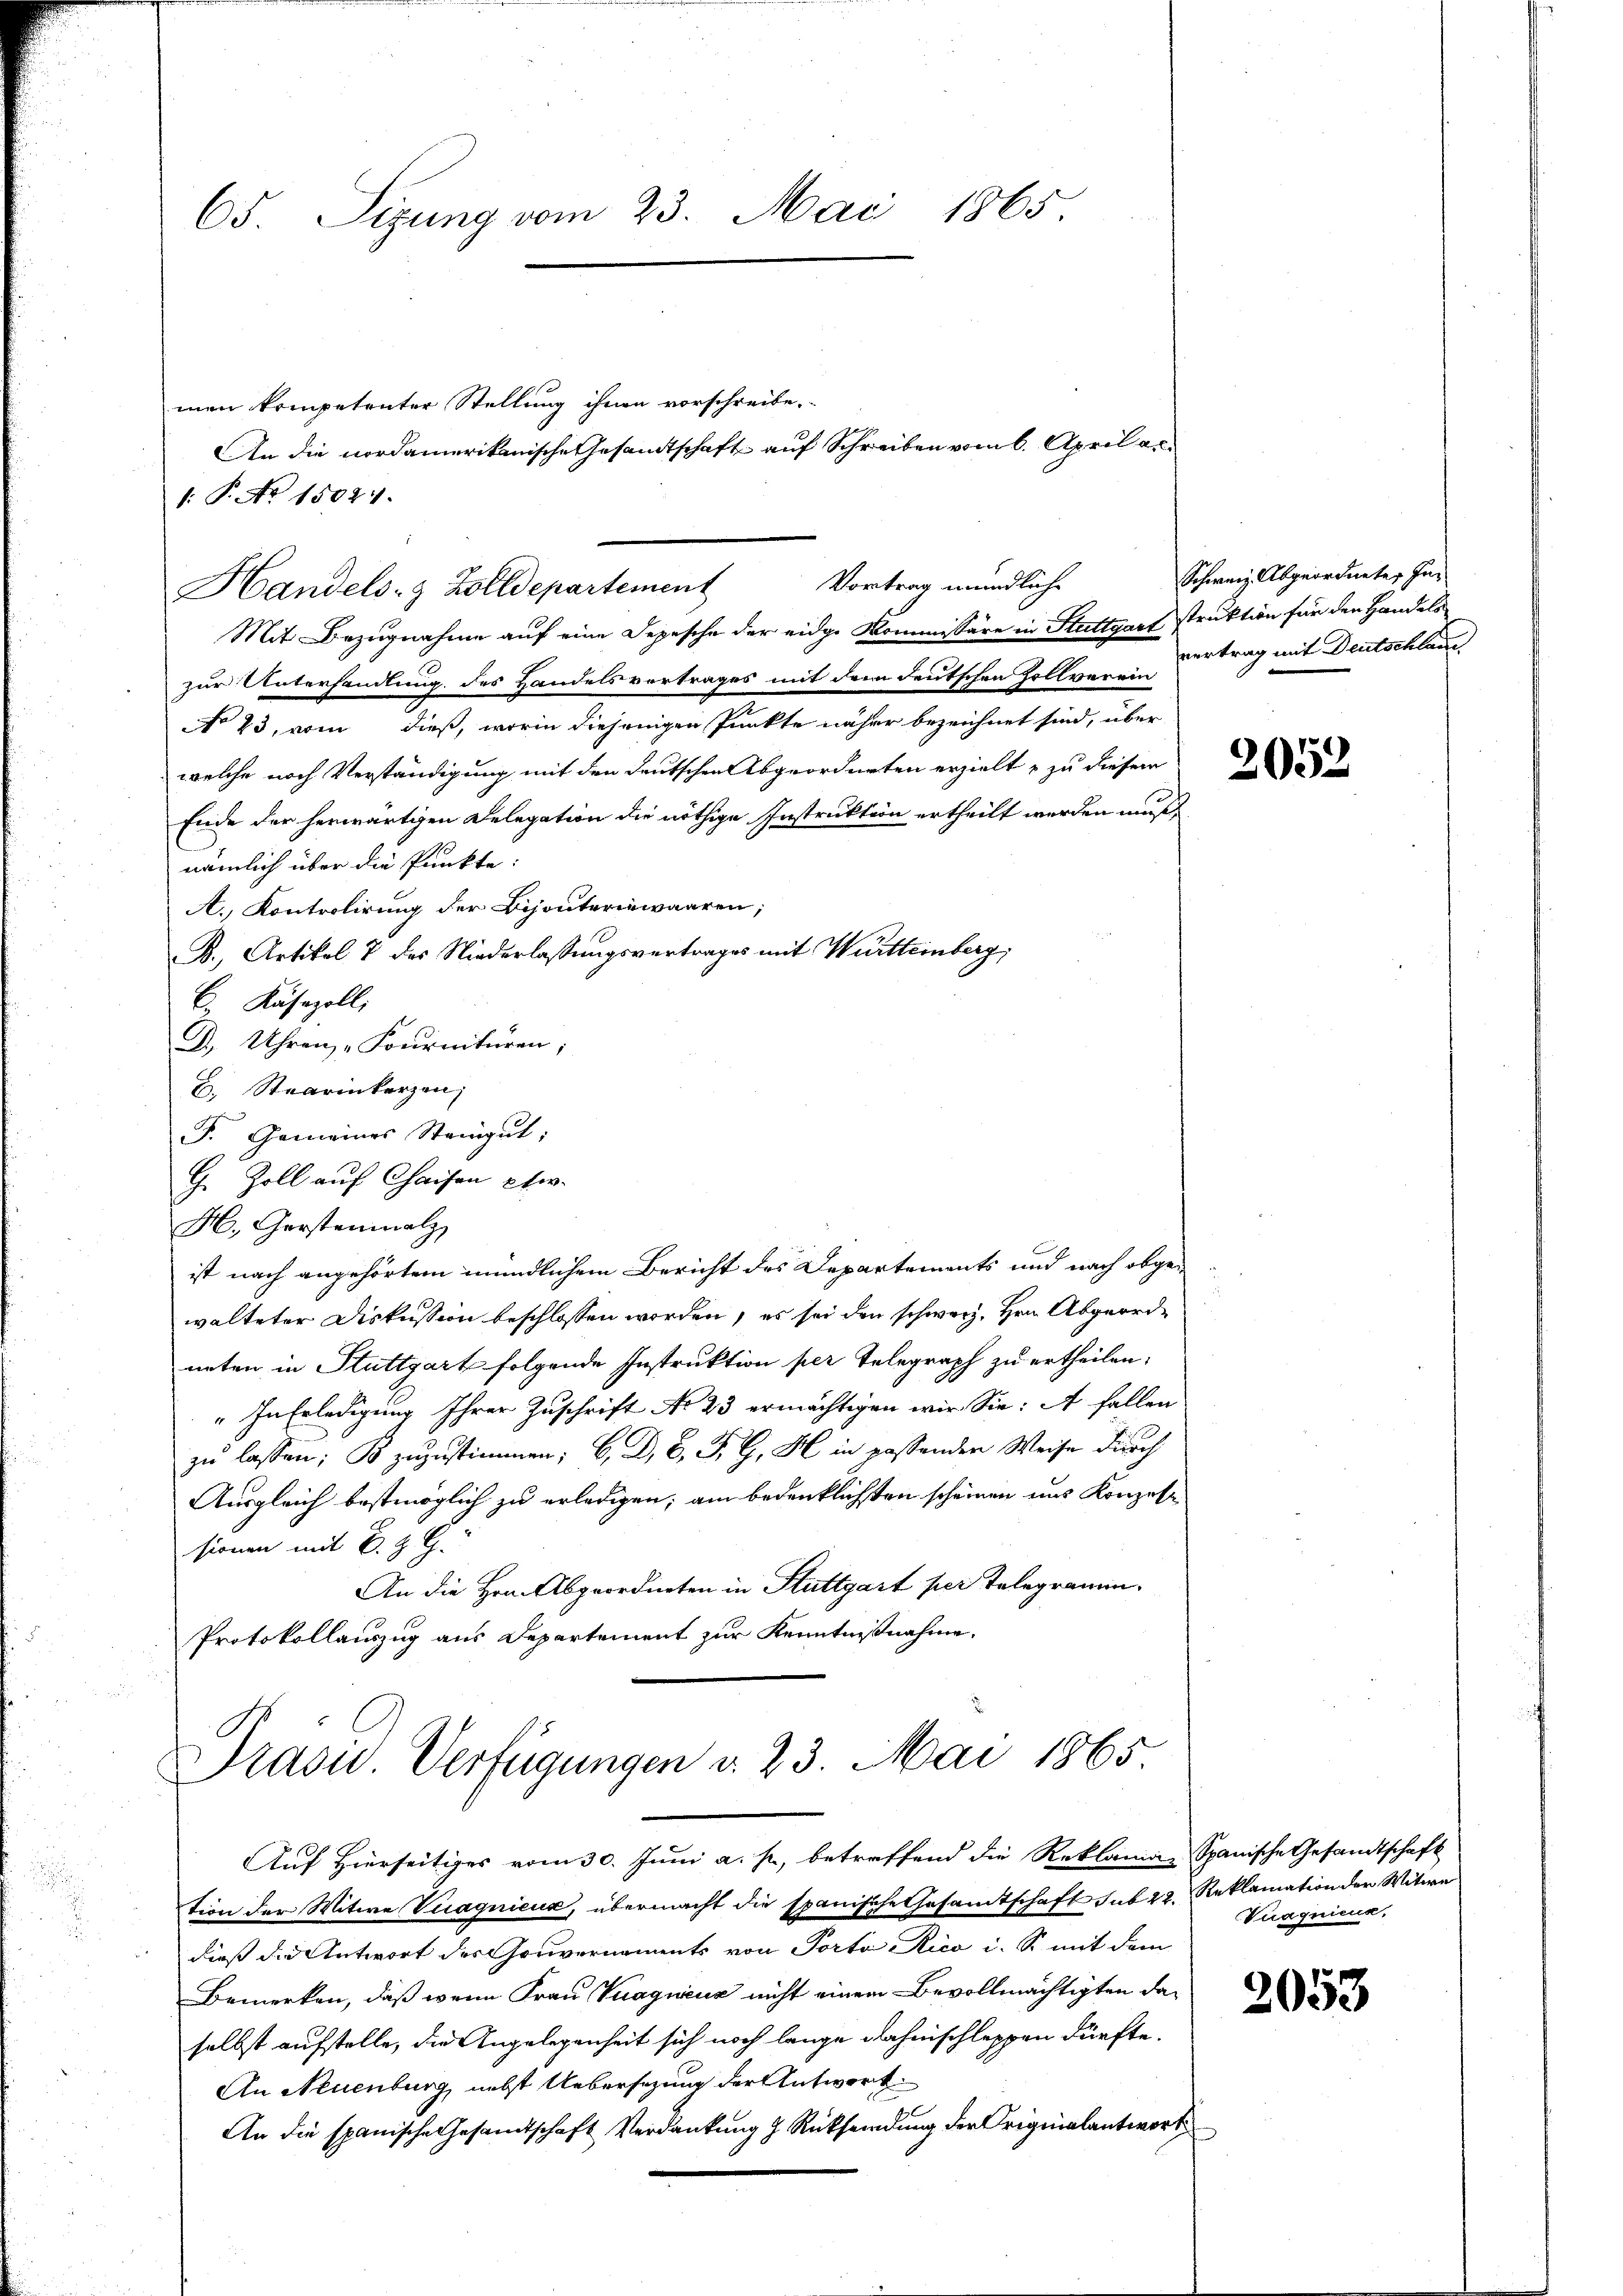
65. Sigung vom 23. Mai 1865.

men kompetenter Stellung ihnen vorschreibe.
1: P. No 1502.

Mit Bezugnahme auf eine Depesche der eidge Kommissäre in Stuttgart struktion für den Handels
zur Unterhandlung des Handelsvertrages mit dem deutschen Zollver-Vertrag mit Deutschlas
No 23, vom dieß, worin diejenigen Punkte näher bezeichnet sind, über
welche nach Verständigung mit den deutschen Abgeordneten erzielt & zu diesem
Ende der herwärtigen Delegation die nöthige Instruktion ertheilt werden muß
nämlich über die Punkte:
A. Kontrolirung der Bijouteriewaaren;
B., Artikel 7 des Niederlassungsvertrages mit Württemberg,
C. Käsezoll;
D. Uhren „Fournituren;
. Staarinkerzen
F. Gemeines Steigut;
G. Zoll auf Chaisen pfer.
M. Gerstenmalz
ist nach angehörtem mündlichem Bericht des Departements und nach abgewalteter Diskussion beschlossen worden, es sei den schweiz. Hrn. Abgeordneten in Stuttgart folgende Instruktion per Telegraph zu ertheilen.
" In Erledigung Ihrer Zuschrift No 23 ermächtigen wir Sie: A fallen
zu lassen; B zuzustimmen; b. D. B. P. G. H. in passender Weise durch
Ausgleich bestmöglich zu erledigen; am bedenklichsten scheinen uns Konzes
sionen mit C. Z. G.
An die Hrn. Abgeordneten in Stuttgart per Telegramm.
Protokollauszug aus Departement zur Kenntnißnahme.
Präsid.. Verfügungen d. 23. Mai 1865
Auf Hierseitiges vom 30. Juni a. p., betreffend die Reklamia Spanische Gesandtschaft
tion der Witwe Vuaquieux, übermacht die spanische Gesamtschaft sub 22. Reklamation der Witwe
 dieß die Antwort des Gouvernaments von Porta Rico i. So mit dem
Bemerken, daß wenn Frau Vuaguius nicht einem Bevollmächtigten daselbst aufstelle, die Angelegenheit sich noch lange dahinschleppen dürfte.
An Neuenburg, nebst Uebersezung der Antwort
An die spanische Gesandtschaft Verdankung & Rücksendung der Originalantwort

Handels- & Zolldepartement

An die nordamerikanische Gesandtschaft auf Schreiben vom 6. April er¬

Vortrag mündliche

Schweiz. Abgeordneter In¬

2052

Tuaquieux,

2053